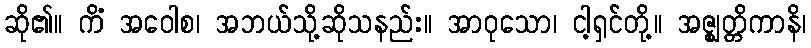
ဆို၏။ ကိံ အဝေါစ၊ အဘယ်သို့ဆိုသနည်း။ အာဝုသော၊ ငါ့ရှင်တို့။ အဇ္ဈတ္တိကာနိ၊